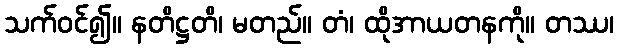
သက်ဝင်၍။ နတိဋ္ဌတိ၊ မတည်။ တံ၊ ထိုအာယတနကို။ တဿ၊